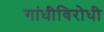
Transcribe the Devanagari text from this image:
गांधीविरोधी